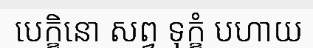
បេក្ខិនោ សព្វ ទុក្ខំ បហាយ